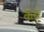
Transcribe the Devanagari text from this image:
कैंब्रे